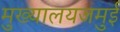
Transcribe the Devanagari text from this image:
मुख्यालयजमुई